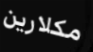
مكلارين